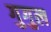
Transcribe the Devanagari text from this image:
गुगुल